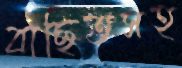
বাছিতসহ